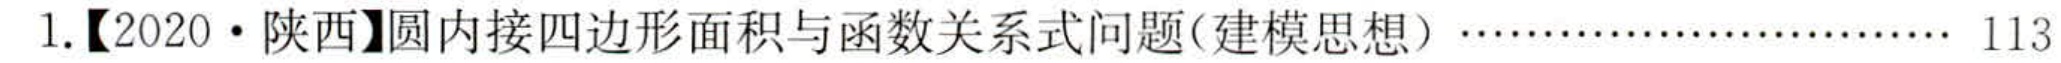
1.【2020·陕西】圆内接四边形面积与函数关系式问题(建模思想)……………………… 113